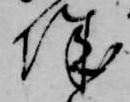
城